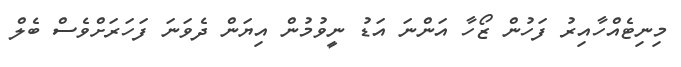
މިނިޓެއްހާއިރު ފަހުން ޒޯހާ އަންނަ އަޑު ނީވުމުން އިޔަން ދެވަނަ ފަހަރަށްވެސް ބެލް